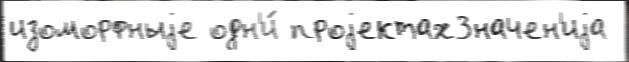
изоморфныjе одн'и́ проjектахЗначен'иjа